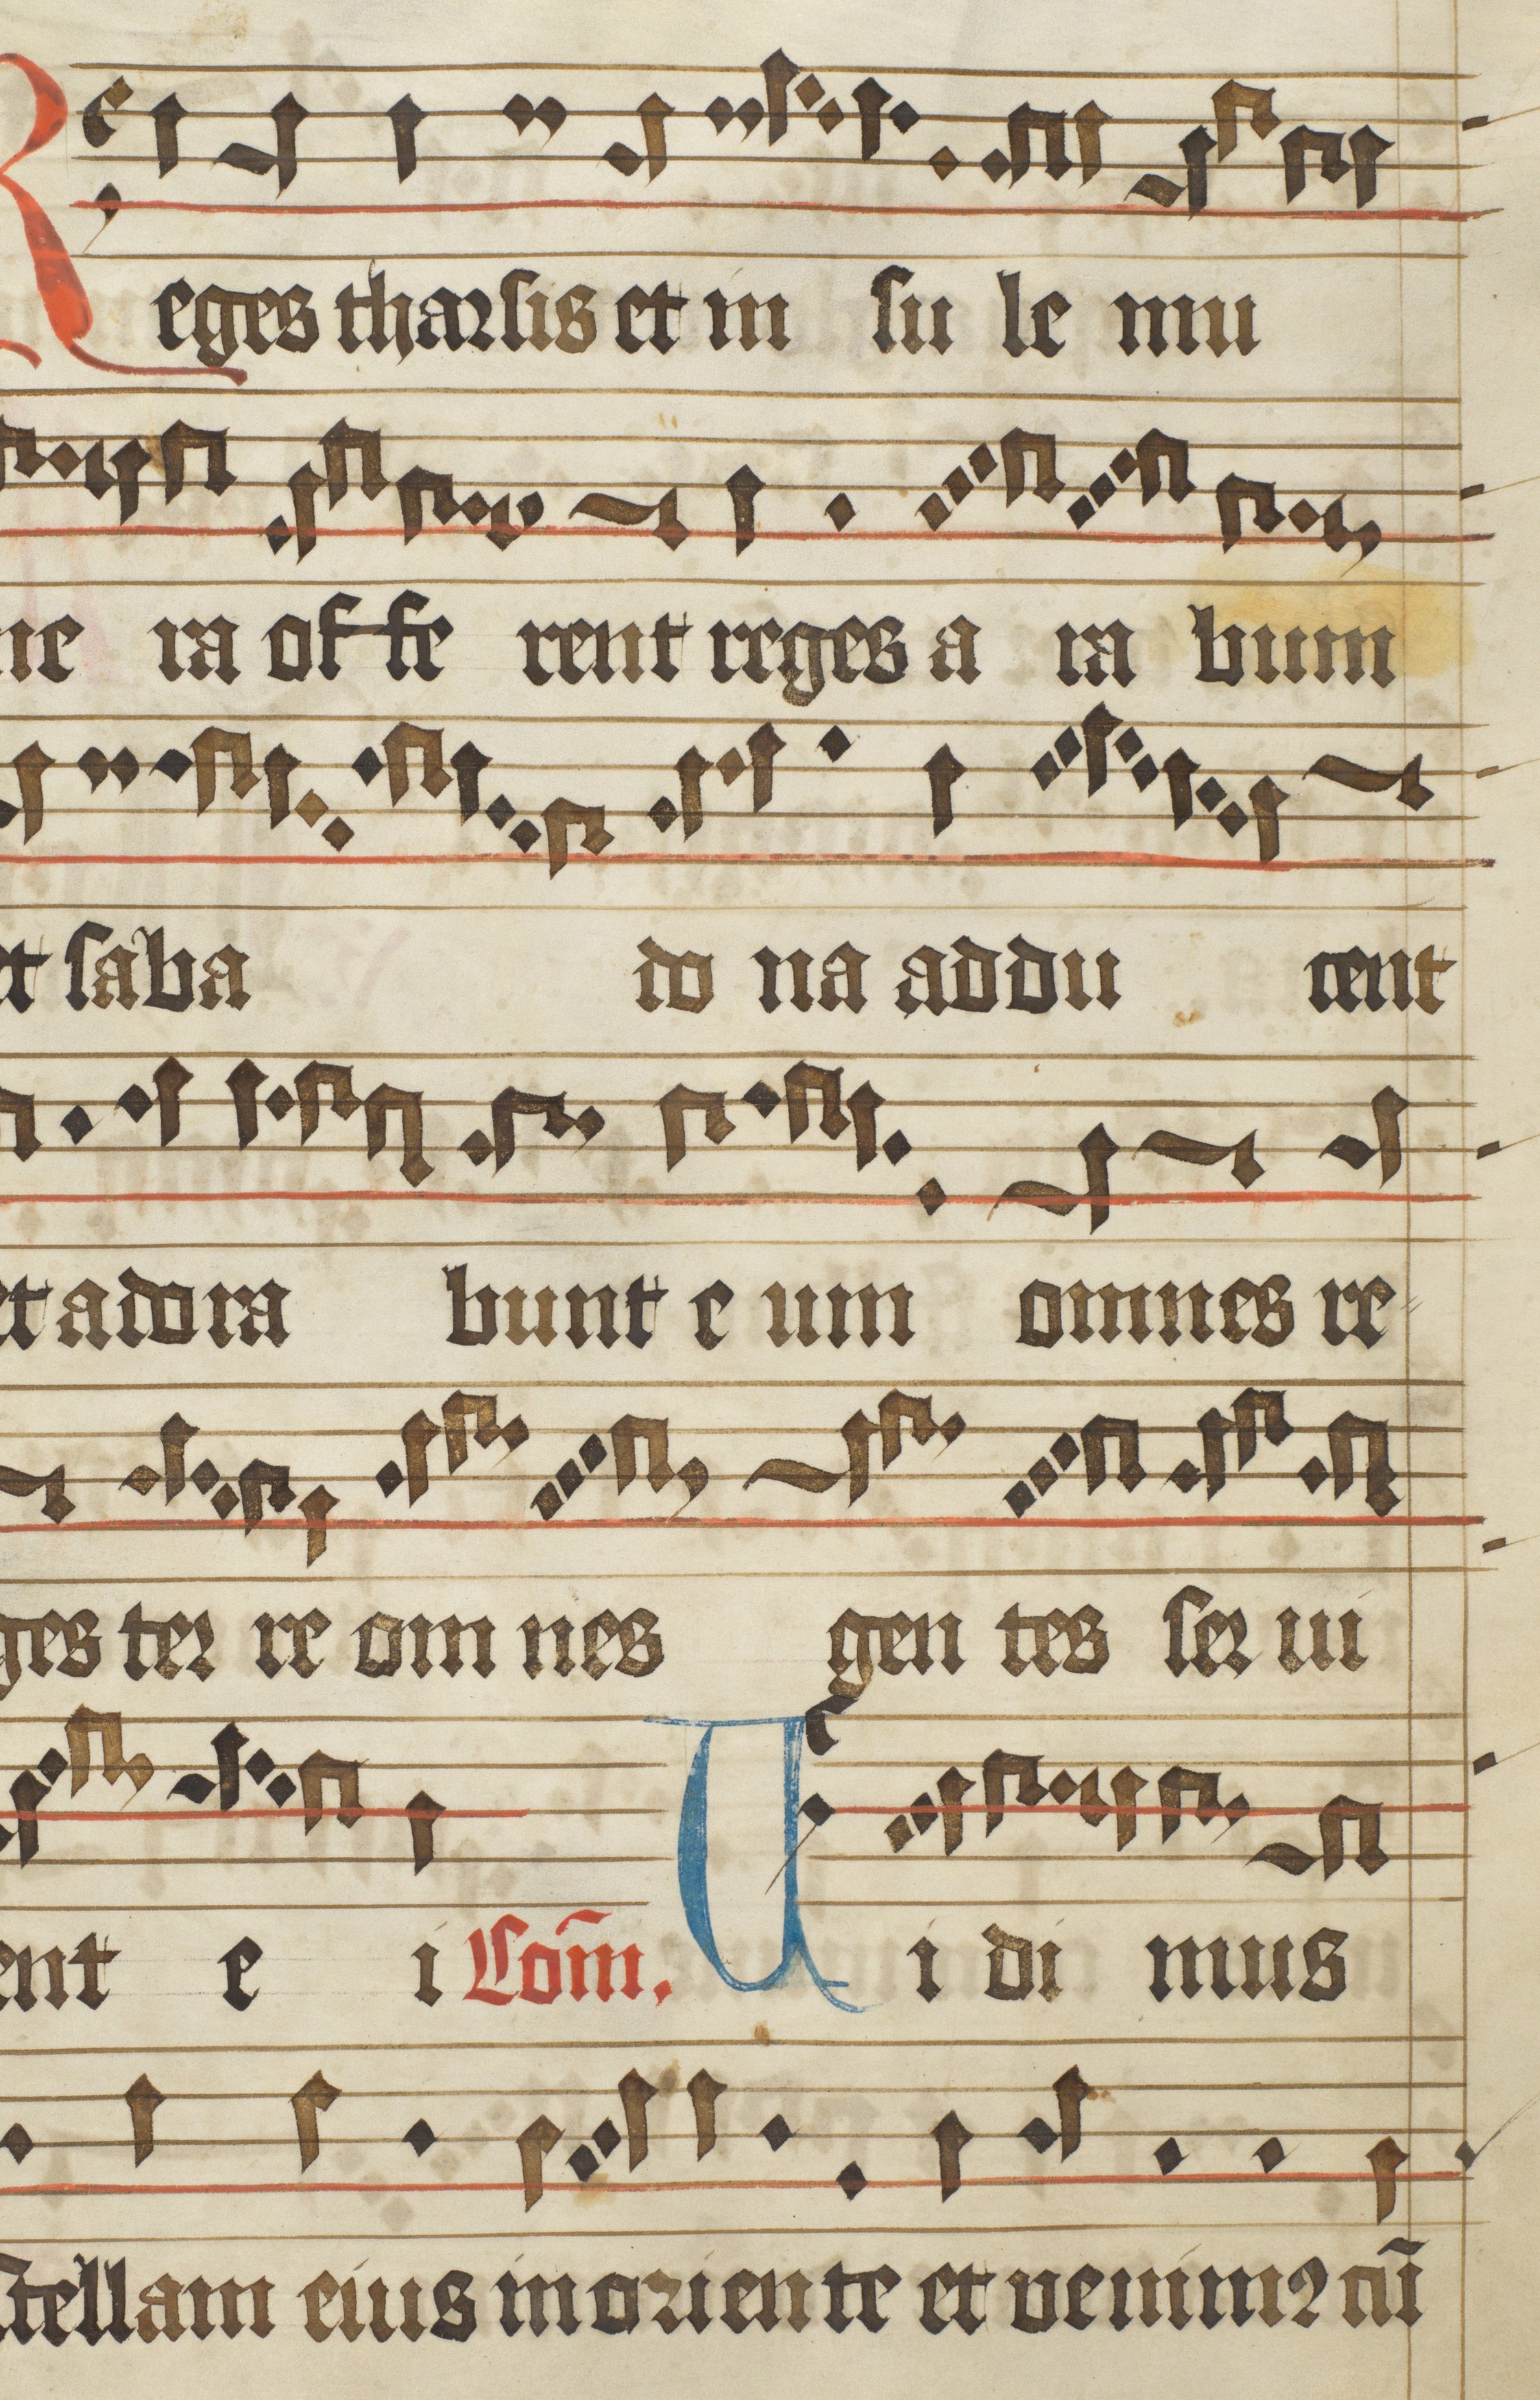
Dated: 1475–1499